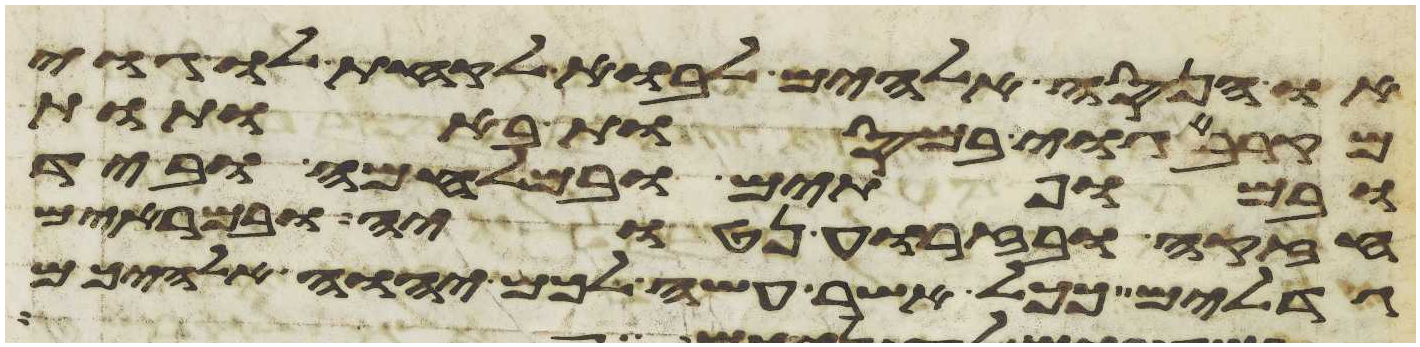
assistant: או הנסה אלהים לבוא לקחת לו גוי
מקרב גוי במסות באתות
ובמופתים ובמלחמה וביד
חזקה ובזרוע נטויה ובמראים
גדלים ככל אשר עשה לכם יהוה אלהיכם